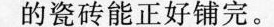
的瓷砖能正好铺完。